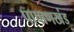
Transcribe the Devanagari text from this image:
पाषाणखंड